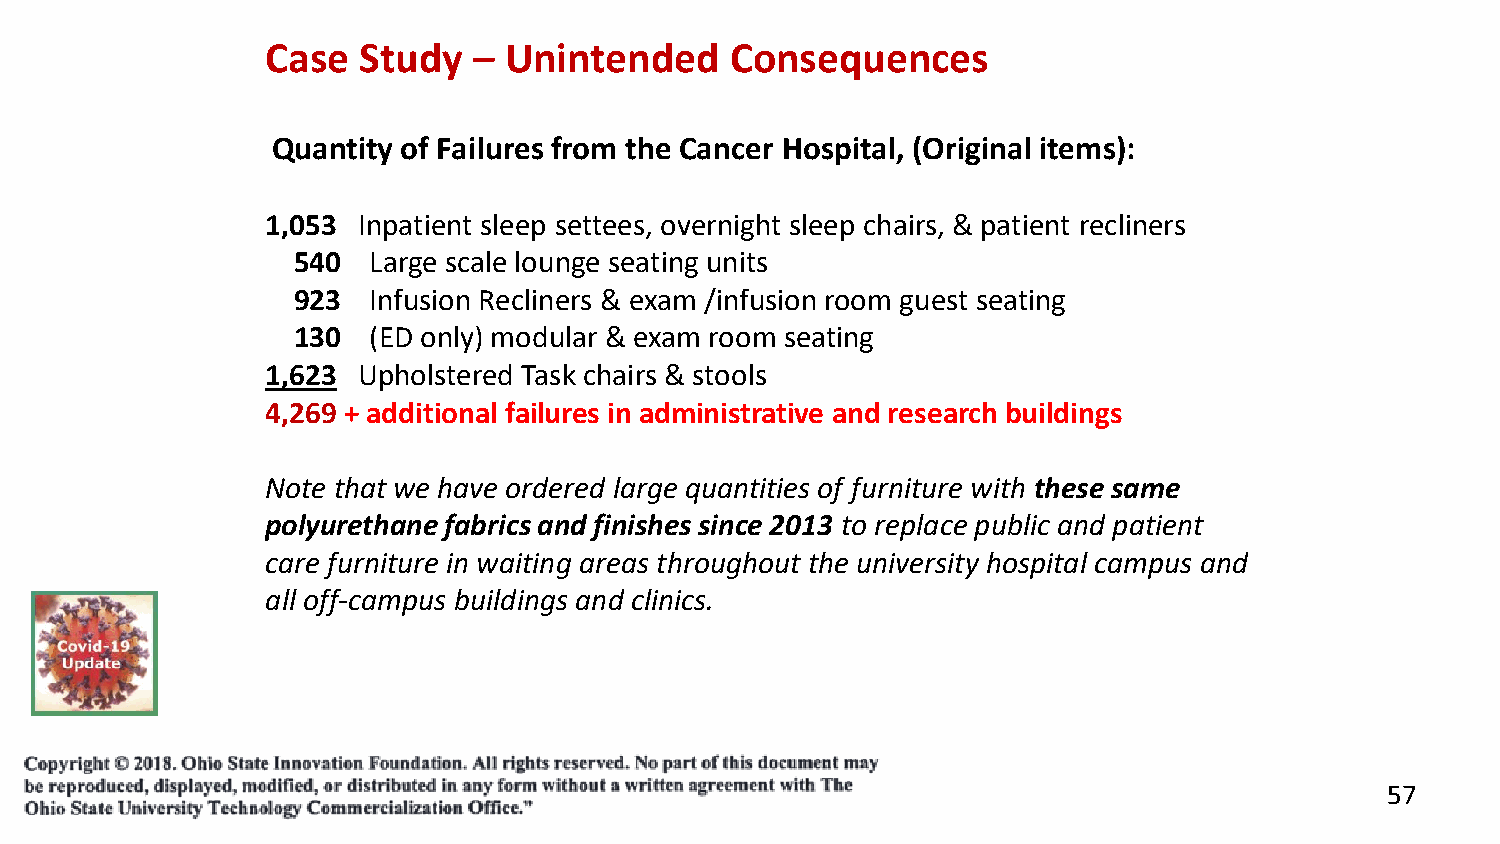
Case  Study  – Unintended     Consequences
 Quantity of Failures from the Cancer Hospital, (Original items):
 1,053 Inpatient sleep settees, overnight sleep chairs, & patient recliners
 540  Large scale lounge seating units
 923  Infusion Recliners & exam /infusion room guest seating
 130  (ED only) modular & exam room seating
 1,623 Upholstered Task chairs & stools
 4,269 + additional failures in administrative and research buildings
 Note that we have ordered large quantities of furniture with these same
 polyurethane fabrics and finishes since 2013 to replace public and patient
 care furniture in waiting areas throughout the university hospital campus and
 all off-campus buildings and clinics.
 57